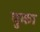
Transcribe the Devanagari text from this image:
पुका